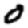
Digit: 0